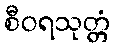
စီဝရသုတ္တံ